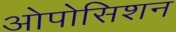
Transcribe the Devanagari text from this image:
ओपोसिशन